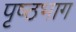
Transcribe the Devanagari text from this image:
पृष्‍ठभाग